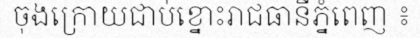
ចុងក្រោយជាប់ខ្នោះរាជធានីភ្នំពេញ ៖